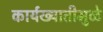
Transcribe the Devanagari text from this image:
कार्यख्यातीमुळे